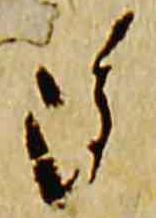
雖